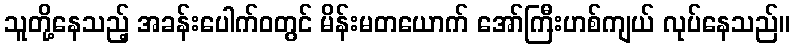
သူတို့နေသည့် အခန်းပေါက်ဝတွင် မိန်းမတယောက် အော်ကြီးဟစ်ကျယ် လုပ်နေသည်။